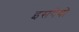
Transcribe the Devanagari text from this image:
इसयेयो